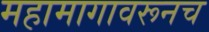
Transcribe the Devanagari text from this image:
महामागावरूनच